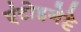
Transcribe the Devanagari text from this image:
एंटोइनेट्टे